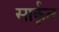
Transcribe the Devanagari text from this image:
सार्कृत